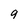
Character: 9